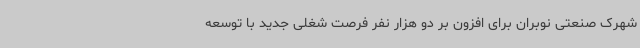
شهرک صنعتی نوبران برای افزون بر دو هزار نفر فرصت شغلی جدید با توسعه